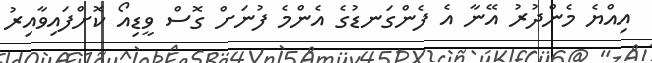
އިއްޔެ މެންދުރު އޭނާ އެ ފެންގަނޑުގެ އެންމެ ފުނަށް ގޮސް ވީޑިއޯ ކޮށްފައިވާއިރު